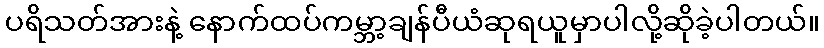
ပရိသတ်အားနဲ့ နောက်ထပ်ကမ္ဘာ့ချန်ပီယံဆုရယူမှာပါလို့ဆိုခဲ့ပါတယ်။